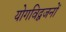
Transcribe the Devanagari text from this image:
योगविद्वजनों